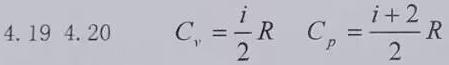
4.19 4.20 \quad C_{v}=\frac{i}{2}R \quad C_{p}=\frac{i + 2}{2}R